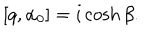
[ q , \alpha _ { 0 } ] = i \cosh \beta .